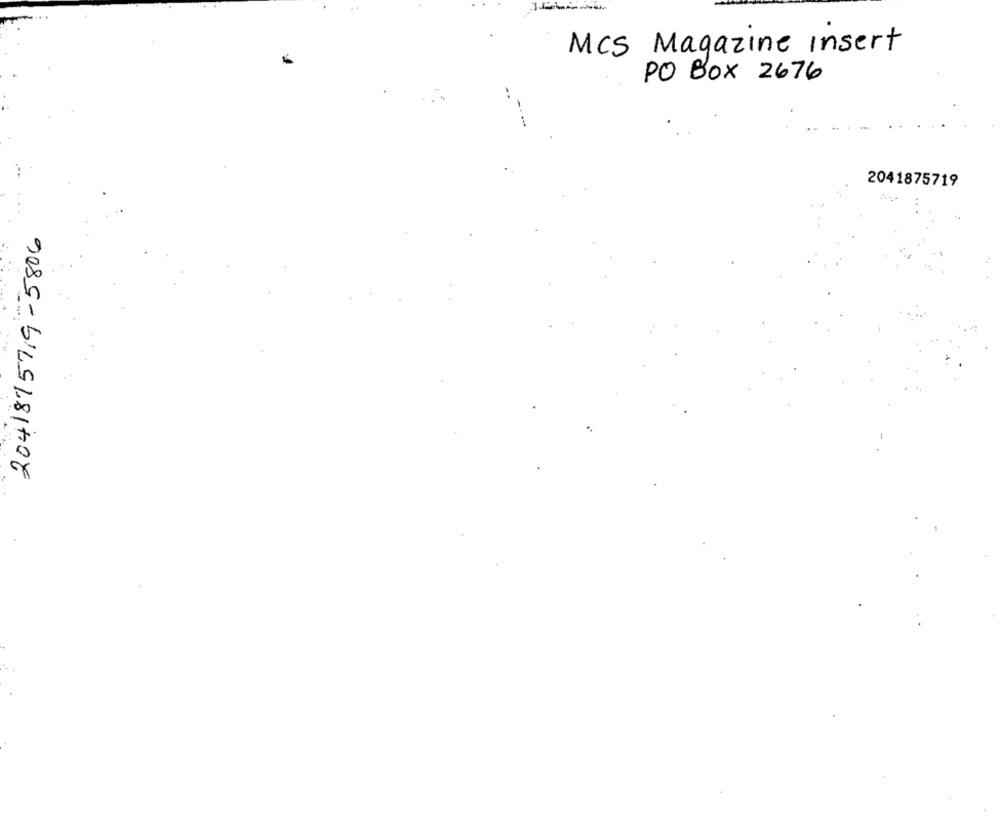
MCS Magazine Insert
PO Box 2676
2041875719
2041815719-5806